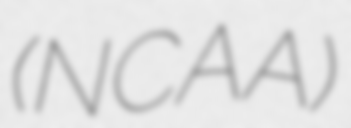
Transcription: (NCAA)